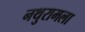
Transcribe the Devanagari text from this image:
नथुरामला